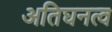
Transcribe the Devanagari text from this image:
अतिघनत्व